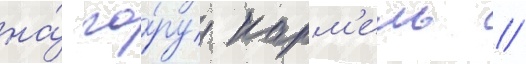
на́ го́ру карм'ель //